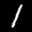
Label: 1